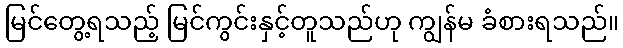
မြင်တွေ့ရသည့် မြင်ကွင်းနှင့်တူသည်ဟု ကျွန်မ ခံစားရသည်။